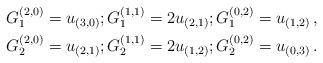
LaTeX: \begin{align*}G_1^{(2,0)} = u_{(3,0)} ; G_1^{(1,1)} = 2u_{(2,1)} ; G_1^{(0,2)} = u_{(1,2)} \, , \\G_2^{(2,0)} = u_{(2,1)} ; G_2^{(1,1)} = 2u_{(1,2)} ; G_2^{(0,2)} = u_{(0,3)} \, .\end{align*}